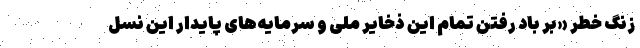
زنگ خطرِ «بر باد رفتن تمام این ذخایر ملی و سرمایه‌های پایدار این نسل